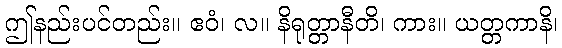
ဤနည်းပင်တည်း။ ဧဝံ၊ လ။ နိရုတ္တာနီတိ၊ ကား။ ယတ္တကာနိ၊